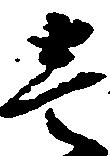
壱